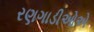
રણગાડીઓએ